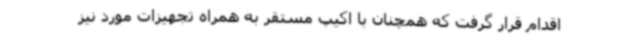
اقدام قرار گرفت که همچنان با اکیپ مستقر به همراه تجهیزات مورد نیز